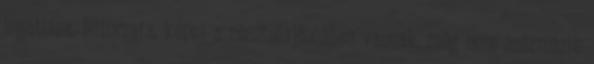
ingatlana, bútorzata, képei a résztulajdonában vannak, még nem származik